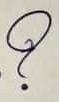
?